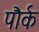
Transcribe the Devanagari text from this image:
पौर्क